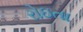
રોઇતા